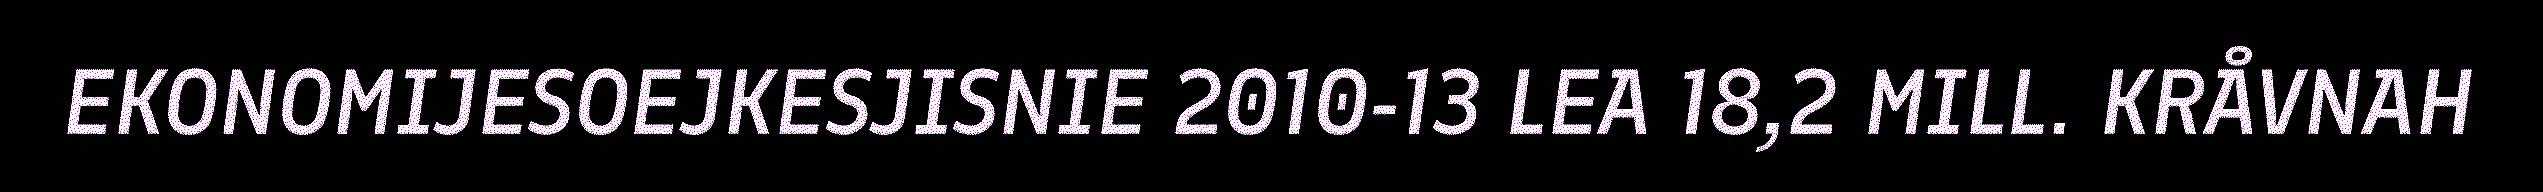
EKONOMIJESOEJKESJISNIE 2010-13 LEA 18,2 MILL. KRÅVNAH